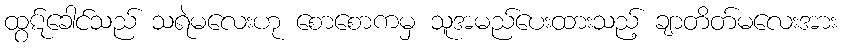
ထွဋ်ခေါင်သည် သရဲမလေးဟု စောစောကမှ သူအမည်ပေးထားသည့် ချာတိတ်မလေးအား